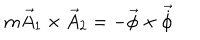
m \vec { A } _ { 1 } \times \vec { A } _ { 2 } = - \vec { \phi } \times \vec { \dot { \phi } }